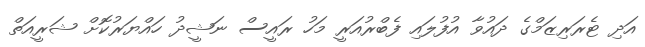
އަދި ޓެރަރިޒަމްގެ ދައުވާ އުފުލައި ފެބްރުއަރީ މަހު ރައީސް ނަޝީދު ހައްޔަރުކޮށް ޝަރީއަތް